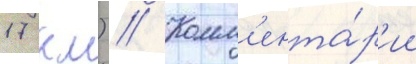
17 км) // Комм'ента́р'ии